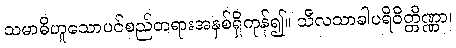
သမာဓိဟူသောပင်စည်တရားအနှစ်ရှိကုန်၍။ သီလသာခါပရိဝိတ္တိဏ္ဏာ၊